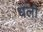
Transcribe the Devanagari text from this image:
धली